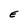
Character: E